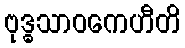
ဗုဒ္ဓသာဝကေဟီတိ